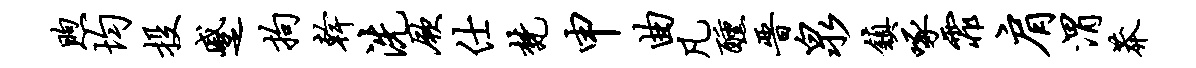
煦均投蹙拘干洗厥仕梵申曲凡醺晋泉镇啄霏肩渭莽